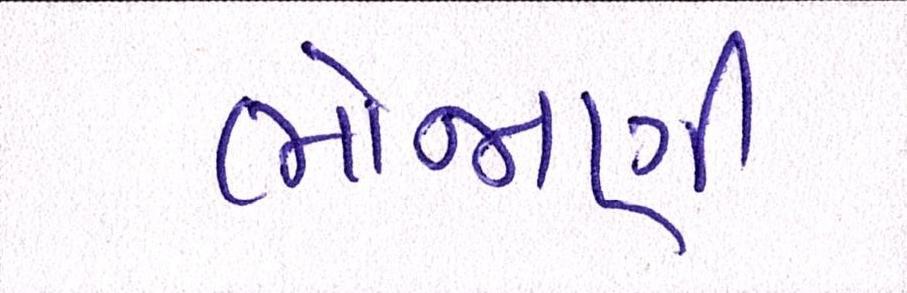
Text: ભોજાણી